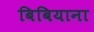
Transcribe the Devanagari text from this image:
बिबियाना